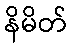
နိမိတ်